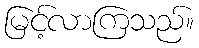
မြင့်လာကြသည်။